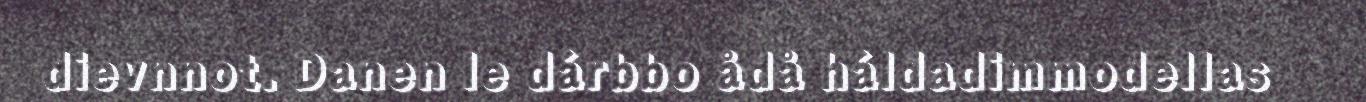
dievnnot. Danen le dárbbo ådå háldadimmodellas